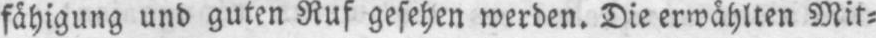
fähigung und guten Ruf gesehen werden. Die erwählten Mit⸗